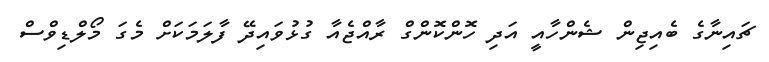
ޗައިނާގެ ބެއިޖިން ޝެންހާއީ އަދި ހޮންކޮންގް ރާއްޖެއާ ގުޅުވައިދޭ ފާލަމަކަށް މެގަ މޯލްޑިވްސް